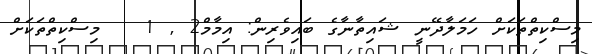
މިސްކިތްތަކަށް ހަމަލާދޭނީ ޝައިތާނާގެ ބައިވެރިން: އިމާމް2